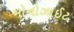
મોનોઝાઈટ